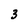
Character: 3